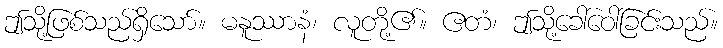
ဤသို့ဖြစ်သည်ရှိသော်။ မနူဿာနံ၊ လူတို့၏။ ဧတံ၊ ဤသို့ခေါ်ဝေါ်ခြင်းသည်။